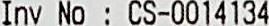
INV NO : CS-0014134